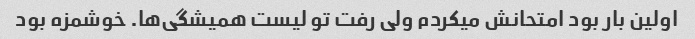
اولین بار بود امتحانش میکردم ولی رفت تو لیست همیشگی‌ها. خوشمزه بود